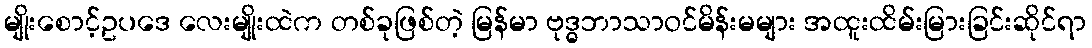
မျိုးစောင့်ဥပဒေ လေးမျိုးထဲက တစ်ခုဖြစ်တဲ့ မြန်မာ ဗုဒ္ဓဘာသာဝင်မိန်းမများ အထူးထိမ်းမြားခြင်းဆိုင်ရာ